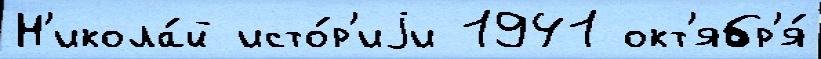
Н'икола́й исто́р'иjи 1941 окт'ябр'я́